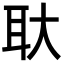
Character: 𬚓